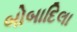
બોબાદિલા